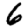
Digit: 6